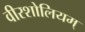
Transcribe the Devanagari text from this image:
वीरशोलियम्